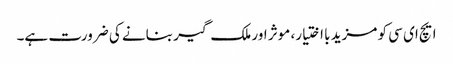
ایچ ای سی کو مزید با اختیار، موثر اور ملک گیر بنانے کی ضرورت ہے۔